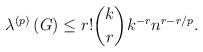
LaTeX: \begin{align*}\lambda^{\left( p\right) }\left( G\right) \leq r!\binom{k}{r}k^{-r}n^{r-r/p}. \end{align*}